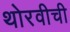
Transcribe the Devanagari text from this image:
थोरवीची